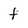
Character: f